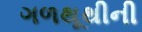
ગળથૂથીની